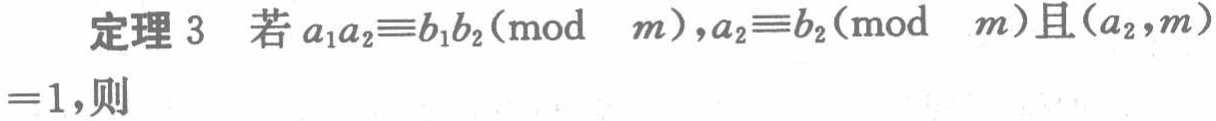
定理 3 若 \(a_1a_2\equiv b_1b_2(\text{mod } m),a_2\equiv b_2(\text{mod } m)\)且\((a_2,m)=1\)，则